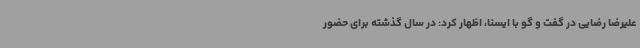
علیرضا رضایی در گفت و گو با ایسنا، اظهار کرد: در سال گذشته برای حضور